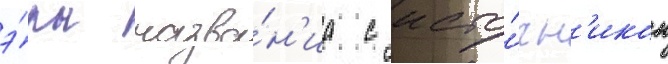
э́ры назва́н'иа с исто́чн'иком